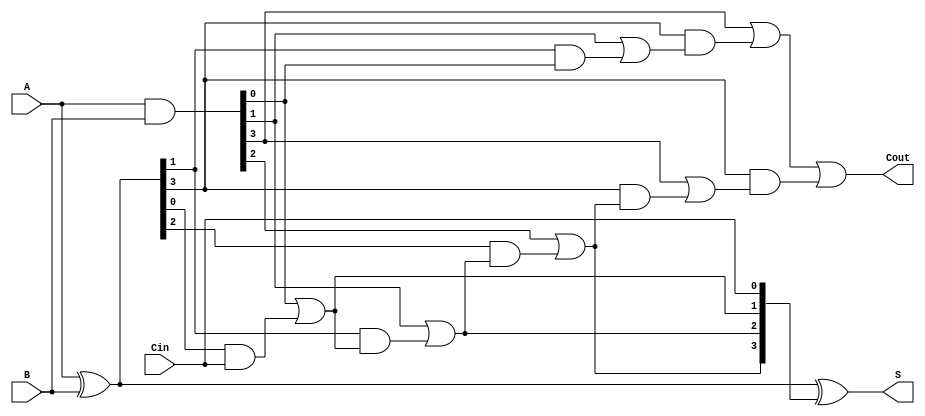
module han_carlson_adder #(parameter N = 4) (
    input  [N-1:0] A,      // First operand
    input  [N-1:0] B,      // Second operand
    input          Cin,     // Carry input
    output [N-1:0] S,      // Sum output
    output         Cout      // Carry output
);

    // Internal signals
    wire [N-1:0] P;        // Propagate signals
    wire [N-1:0] G;        // Generate signals
    wire [N/2-1:0] C;      // Carry signals for groups
    wire [N-1:0] C_local;  // Local carry signals

    // Generate and propagate signals
    assign P = A ^ B;      // Propagate
    assign G = A & B;      // Generate

    // Group carry generation (2 groups for 4-bit adder)
    assign C[0] = G[1] | (P[1] & G[0]); // Carry for group 0
    assign C[1] = G[3] | (P[3] & C[0]); // Carry for group 1

    // Local carry signals
    assign C_local[0] = G[0] | (P[0] & Cin); // Local carry for bit 0
    assign C_local[1] = G[1] | (P[1] & C_local[0]); // Local carry for bit 1
    assign C_local[2] = G[2] | (P[2] & C_local[1]); // Local carry for bit 2
    assign C_local[3] = G[3] | (P[3] & C_local[2]); // Local carry for bit 3

    // Sum calculation
    assign S = P ^ {C_local[N-2:0], Cin}; // Sum bits

    // Final carry out
    assign Cout = C[1] | (P[3] & C_local[3]);

endmodule